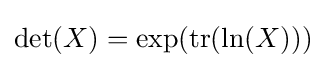
\det(X)=\exp(\mathrm {tr} (\ln(X)))